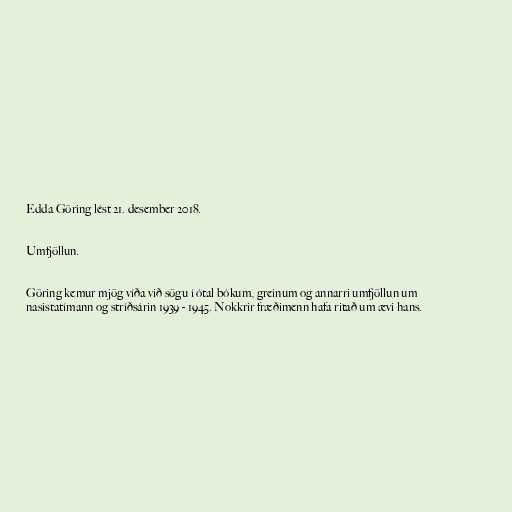
Edda Göring lést 21. desember 2018.

Umfjöllun.

Göring kemur mjög víða við sögu í ótal bókum, greinum og annarri umfjöllun um
nasistatímann og stríðsárin 1939 - 1945. Nokkrir fræðimenn hafa ritað um ævi hans.